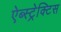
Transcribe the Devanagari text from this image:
ऐब्स्ट्रेक्टिस